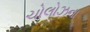
ચોલોઝના